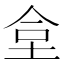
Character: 𡋛